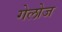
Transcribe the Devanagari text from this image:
गेलोज